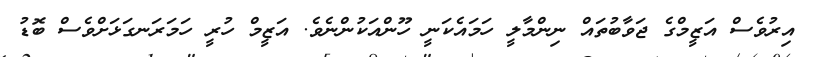
އިރުވެސް އަޒީމްގެ ޖަވާބުތައް ނިންމާލީ ހަމައެކަނީ ހޫންއަކުންނެވެ. އަޒީމް ހުރީ ހަމަރަނގަޅަށްވެސް ބޮޑު